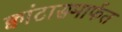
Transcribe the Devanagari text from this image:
क्वांटासमार्फत